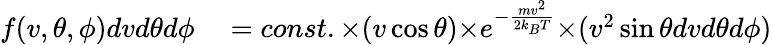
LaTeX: \begin{array}{rl}{f(v,\theta,\phi)dv{d\theta}d\phi}&{{}=const.{\times}(v\cos{\theta}){\times}e^{-{\frac{mv^{2}}{2k_{B}T}}}{\times}(v^{2}\sin{\theta}dv{d\theta}d\phi)}\end{array}